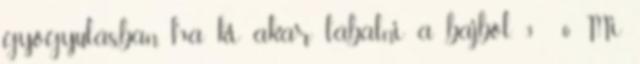
gyógyulásban, ha ki akar lábalni a bajból. 3 6 Mi